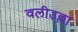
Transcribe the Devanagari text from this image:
वलीउल्ला